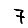
Digit: 7